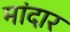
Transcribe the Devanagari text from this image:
मांदार